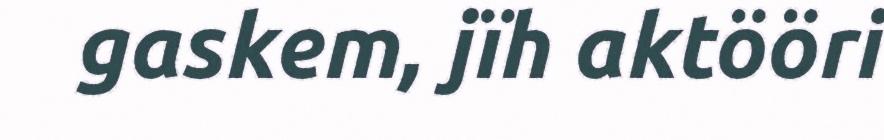
gaskem, jïh aktööri